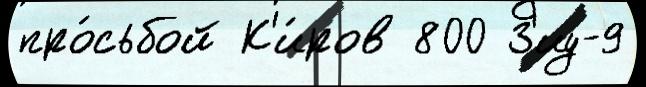
про́сьбой К'и́ров 800 З'иу-9